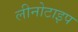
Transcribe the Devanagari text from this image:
लीनोटाइप